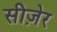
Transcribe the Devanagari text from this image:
सीज़ेर